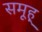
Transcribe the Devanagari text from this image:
समूह्